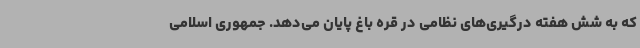
که به شش هفته درگیری‌های نظامی در قره باغ پایان می‌دهد. جمهوری اسلامی